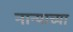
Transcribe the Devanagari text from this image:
नान्याच्या